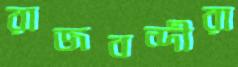
রাজবন্দীরা